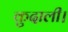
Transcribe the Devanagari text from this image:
कुदाली।